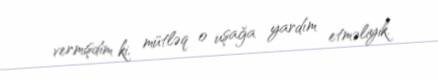
vermişdim ki, mütləq o uşağa yardım etməliyik.